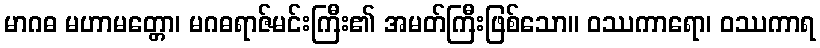
မာဂဓ မဟာမတ္တော၊ မဂဓရာဇ်မင်းကြီး၏ အမတ်ကြီးဖြစ်သော။ ဝဿကာရော၊ ဝဿကာရ